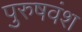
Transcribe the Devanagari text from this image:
पुरुषवंश